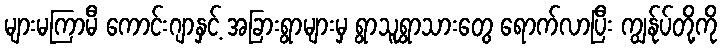
များမကြာမီ ကောင်းဂျာနှင့် အခြားရွာများမှ ရွာသူရွာသားတွေ ရောက်လာပြီး ကျွန်ုပ်တို့ကို